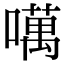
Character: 噧